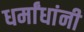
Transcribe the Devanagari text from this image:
धर्मांधांनी